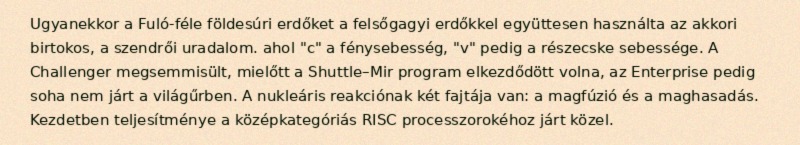
Ugyanekkor a Fuló-féle földesúri erdőket a felsőgagyi erdőkkel együttesen használta az akkori birtokos, a szendrői uradalom. ahol "c" a fénysebesség, "v" pedig a részecske sebessége. A Challenger megsemmisült, mielőtt a Shuttle–Mir program elkezdődött volna, az Enterprise pedig soha nem járt a világűrben. A nukleáris reakciónak két fajtája van: a magfúzió és a maghasadás. Kezdetben teljesítménye a középkategóriás RISC processzorokéhoz járt közel.